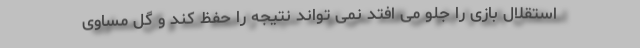
استقلال بازی را جلو می افتد نمی تواند نتیجه را حفظ کند و گل مساوی